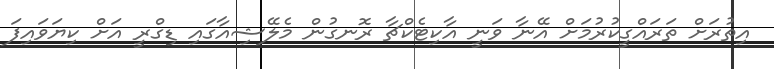
އިތުރަށް ތަރައްގީކުރުމަށް އޭނާ ވަނީ އާކިޓެކްޗާ ރޮނގުން މެލޭޝިއާގައި ޑިގްރީ އަށް ކިޔަވައިފަ